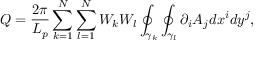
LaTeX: Q = \frac { 2 \pi } { L _ { p } } \sum _ { k = 1 } ^ { N } \sum _ { l = 1 } ^ { N } W _ { k } W _ { l } \oint _ { \gamma _ { k } } \oint _ { \gamma _ { l } } \partial _ { i } A _ { j } d x ^ { i } d y ^ { j } ,